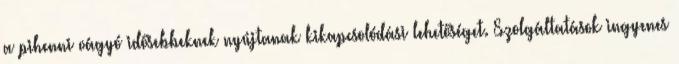
a pihenni vágyó idősebbeknek nyújtanak kikapcsolódási lehetőséget. Szolgáltatások ingyenes